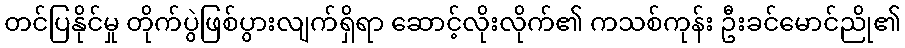
တင်ပြနိုင်မှု တိုက်ပွဲဖြစ်ပွားလျက်ရှိရာ ဆောင့်လိုးလိုက်၏ ကသစ်ကုန်း ဦးခင်မောင်ညို၏